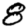
Digit: 8